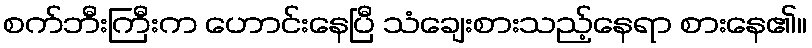
စက်ဘီးကြီးက ဟောင်းနေပြီ သံချေးစားသည့်နေရာ စားနေ၏။